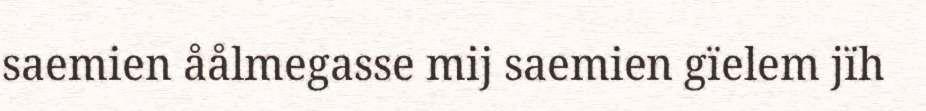
saemien åålmegasse mij saemien gïelem jïh